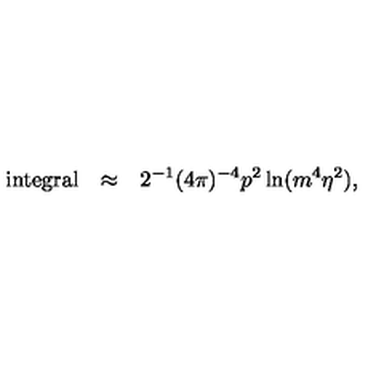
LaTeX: \begin{array} { r c l } { \mathrm { i n t e g r a l } } & { \approx } & { \displaystyle 2 ^ { - 1 } ( 4 \pi ) ^ { - 4 } p ^ { 2 } \ln ( m ^ { 4 } \eta ^ { 2 } ) , } \\ \end{array}